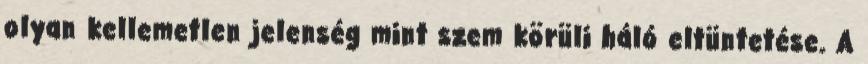
olyan kellemetlen jelenség mint szem körüli háló eltüntetése. A